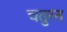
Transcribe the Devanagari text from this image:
चतुरन